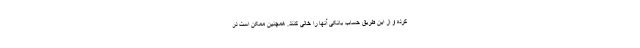
کرده و از این طریق حساب بانکی آنها را خالی کنند. همچنین ممکن است در